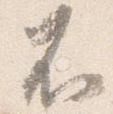
不